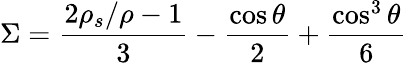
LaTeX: \Sigma={\frac{2\rho_{s}/\rho-1}{3}}-{\frac{\cos\theta}{2}}+{\frac{\cos^{3}\theta}{6}}